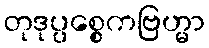
တုဒုပ္ပစ္စေကဗြဟ္မာ